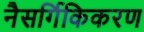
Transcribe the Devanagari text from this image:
नैसर्गिकिकरण